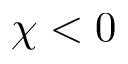
\chi < 0